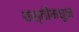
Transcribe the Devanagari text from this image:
वस्तींमधून